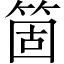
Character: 箇